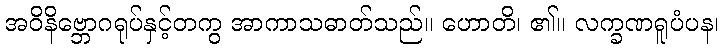
အဝိနိဗ္ဘောဂရုပ်နှင့်တကွ အာကာသဓာတ်သည်။ ဟောတိ၊ ၏။ လက္ခဏရူပံပန၊